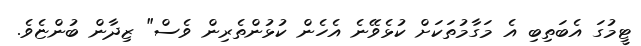
ޓީމުގަ އެބަތިބި އެ މަގާމުތަކަށް ކުޅެވޭނެ އެހެން ކުޅުންތެރިން ވެސް" ޒިދާން ބުންޏެވެ.